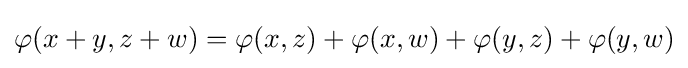
\varphi (x+y,z+w)=\varphi (x,z)+\varphi (x,w)+\varphi (y,z)+\varphi (y,w)